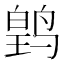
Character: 𬸛